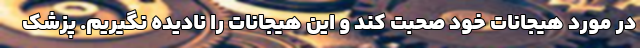
در مورد هیجانات خود صحبت کند و این هیجانات را نادیده نگیریم. پزشک